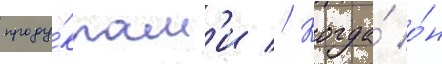
проду́ктам'и // Когда́ о́н